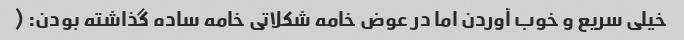
خیلی سریع و خوب آوردن اما در عوض خامه شکلاتی خامه ساده گذاشته بودن: (